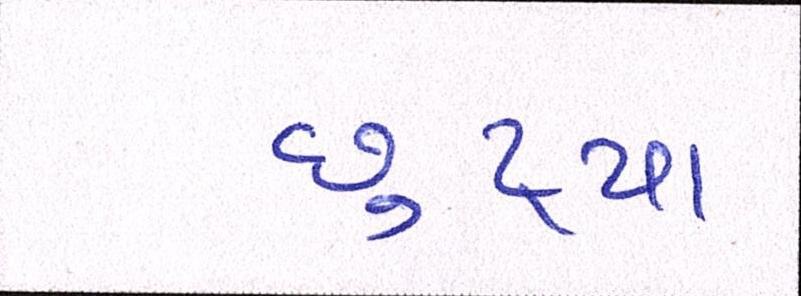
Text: છુટ્યા